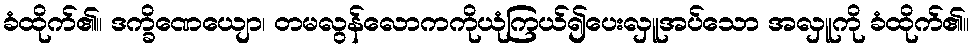
ခံထိုက်၏။ ဒက္ခိဏေယျော၊ တမလွန်လောကကိုယုံကြယ်၍ပေးလှူအပ်သော အလှူကို ခံထိုက်၏။